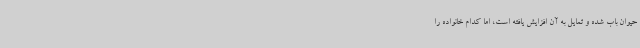
حیوان باب شده و تمایل به آن افزایش یافته است، اما کدام خانواده را